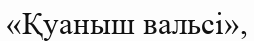
«Қуаныш вальсі»,